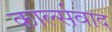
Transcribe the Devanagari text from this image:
कार्ल्सवाद